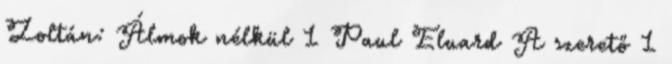
Zoltán: Álmok nélkül 1 Paul Eluard A szerető 1